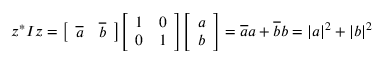
z ^ { * } I z = { \left[ \begin{array} { l l } { { \overline { { a } } } } & { { \overline { { b } } } } \end{array} \right] } { \left[ \begin{array} { l l } { 1 } & { 0 } \\ { 0 } & { 1 } \end{array} \right] } { \left[ \begin{array} { l } { a } \\ { b } \end{array} \right] } = { \overline { { a } } } a + { \overline { { b } } } b = | a | ^ { 2 } + | b | ^ { 2 }